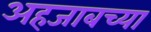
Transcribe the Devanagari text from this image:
अहजाबच्या